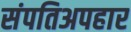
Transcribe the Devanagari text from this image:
संपतिअपहार